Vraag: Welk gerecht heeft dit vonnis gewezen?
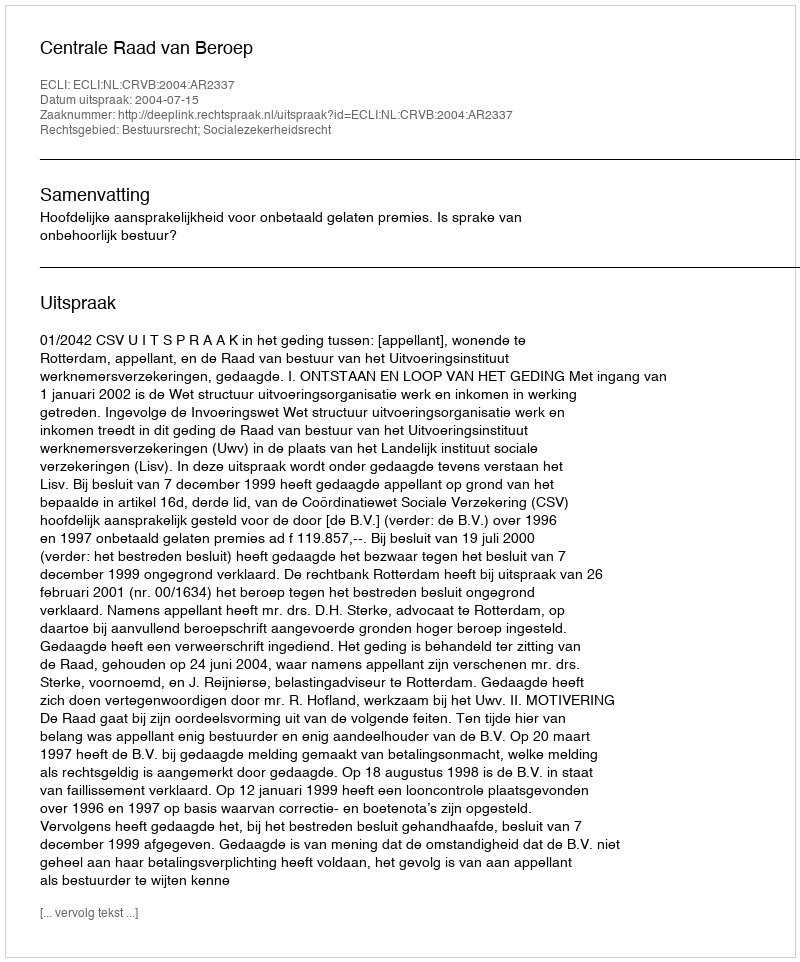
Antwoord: Centrale Raad van Beroep